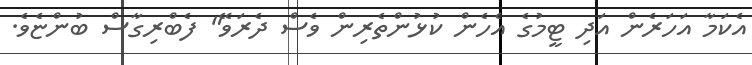
އެކަމާ އަހަރެން އަދި ޓީމުގެ އެހެން ކުޅުންތެރިން ވެސް ދެރަވޭ" ފެބްރިގާސް ބުންޏެވެ.